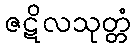
ဇဋိလသုတ္တံ